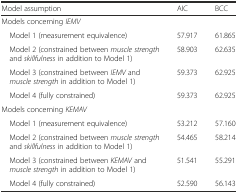
| Model assumption | AIC | BCC |
 | --- | --- | --- |
 | Models concerning IEMV |  |  |
 | Model 1 (measurement equivalence) | 57.917 | 61.865 |
 | Model 2 (constrained between muscle strength and skillfulness in addition to Model 1) | 58.903 | 62.635 |
 | Model 3 (constrained between IEMV and muscle strength in addition to Model 1) | 59.373 | 62.925 |
 | Model 4 (fully constrained) | 59.373 | 62.925 |
 | Models concerning KEMAV |  |  |
 | Model 1 (measurement equivalence) | 53.212 | 57.160 |
 | Model 2 (constrained between muscle strength and skillfulness in addition to Model 1) | 54.465 | 58.214 |
 | Model 3 (constrained between KEMAV and muscle strength in addition to Model 1) | 51.541 | 55.291 |
 | Model 4 (fully constrained) | 52.590 | 56.143 |